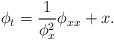
LaTeX: \begin{align*}\phi_t=\frac{1}{\phi_x^2}\phi_{xx}+x.\end{align*}